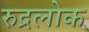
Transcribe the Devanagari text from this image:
रुद्रलोक